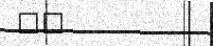
٥٨